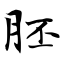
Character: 胚